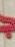
ܟ